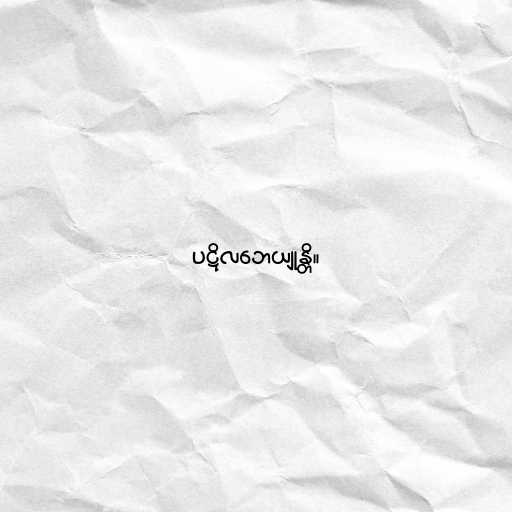
ပဋိလဘေယျုန္တိ။